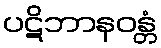
ပဋိဘာနဝန္တံ